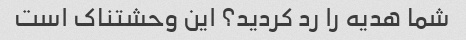
شما هدیه را رد کردید؟ این وحشتناک است